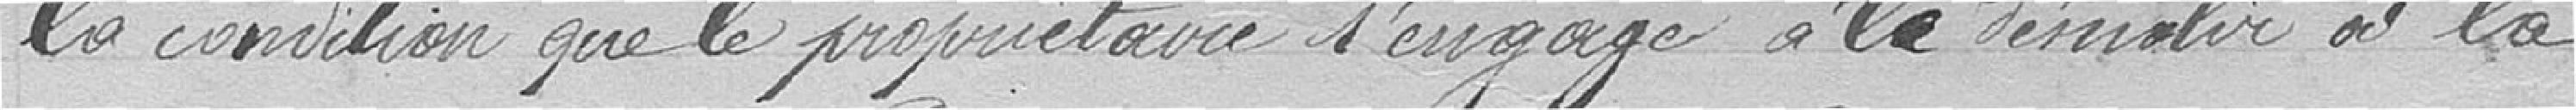
la condition que le propriétaire s'engage à le démolir à la